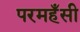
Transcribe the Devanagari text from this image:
परमहँसी